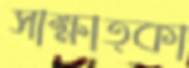
সাক্ষাত্কা